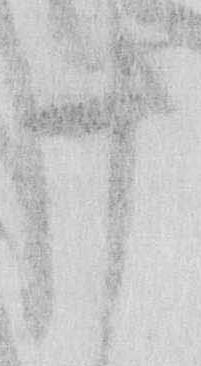
十